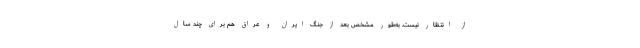
از انتظار نیست. به‌طور مشخص بعد از جنگ ایران و عراق هم برای چند سال